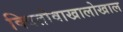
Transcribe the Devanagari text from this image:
क्वितोवाखालोखाल